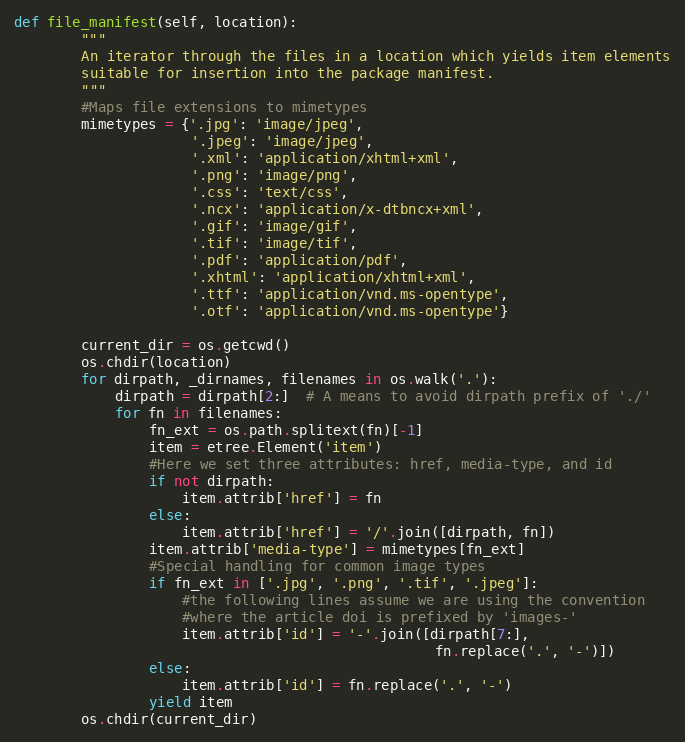
Language: Python
def file_manifest(self, location):
        """
        An iterator through the files in a location which yields item elements
        suitable for insertion into the package manifest.
        """
        #Maps file extensions to mimetypes
        mimetypes = {'.jpg': 'image/jpeg',
                     '.jpeg': 'image/jpeg',
                     '.xml': 'application/xhtml+xml',
                     '.png': 'image/png',
                     '.css': 'text/css',
                     '.ncx': 'application/x-dtbncx+xml',
                     '.gif': 'image/gif',
                     '.tif': 'image/tif',
                     '.pdf': 'application/pdf',
                     '.xhtml': 'application/xhtml+xml',
                     '.ttf': 'application/vnd.ms-opentype',
                     '.otf': 'application/vnd.ms-opentype'}

        current_dir = os.getcwd()
        os.chdir(location)
        for dirpath, _dirnames, filenames in os.walk('.'):
            dirpath = dirpath[2:]  # A means to avoid dirpath prefix of './'
            for fn in filenames:
                fn_ext = os.path.splitext(fn)[-1]
                item = etree.Element('item')
                #Here we set three attributes: href, media-type, and id
                if not dirpath:
                    item.attrib['href'] = fn
                else:
                    item.attrib['href'] = '/'.join([dirpath, fn])
                item.attrib['media-type'] = mimetypes[fn_ext]
                #Special handling for common image types
                if fn_ext in ['.jpg', '.png', '.tif', '.jpeg']:
                    #the following lines assume we are using the convention
                    #where the article doi is prefixed by 'images-'
                    item.attrib['id'] = '-'.join([dirpath[7:],
                                                  fn.replace('.', '-')])
                else:
                    item.attrib['id'] = fn.replace('.', '-')
                yield item
        os.chdir(current_dir)